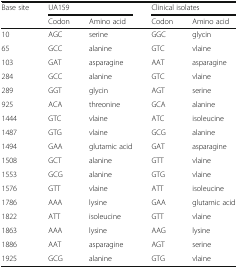
<table><thead><tr><td rowspan="2"><b>Base site</b></td><td colspan="2"><b>UA159</b></td><td colspan="2"><b>Clinical isolates</b></td></tr><tr><td><b>Codon</b></td><td><b>Amino acid</b></td><td><b>Codon</b></td><td><b>Amino acid</b></td></tr></thead><tbody><tr><td>10</td><td>AGC</td><td>serine</td><td>GGC</td><td>glycin</td></tr><tr><td>65</td><td>GCC</td><td>alanine</td><td>GTC</td><td>vlaine</td></tr><tr><td>103</td><td>GAT</td><td>asparagine</td><td>AAT</td><td>asparagine</td></tr><tr><td>284</td><td>GCC</td><td>alanine</td><td>GTC</td><td>vlaine</td></tr><tr><td>289</td><td>GGT</td><td>glycin</td><td>AGT</td><td>serine</td></tr><tr><td>925</td><td>ACA</td><td>threonine</td><td>GCA</td><td>alanine</td></tr><tr><td>1444</td><td>GTC</td><td>vlaine</td><td>ATC</td><td>isoleucine</td></tr><tr><td>1487</td><td>GTG</td><td>vlaine</td><td>GCG</td><td>alanine</td></tr><tr><td>1494</td><td>GAA</td><td>glutamic acid</td><td>GAT</td><td>asparagine</td></tr><tr><td>1508</td><td>GCT</td><td>alanine</td><td>GTT</td><td>vlaine</td></tr><tr><td>1553</td><td>GCG</td><td>alanine</td><td>GTG</td><td>vlaine</td></tr><tr><td>1576</td><td>GTT</td><td>vlaine</td><td>ATT</td><td>isoleucine</td></tr><tr><td>1786</td><td>AAA</td><td>lysine</td><td>GAA</td><td>glutamic acid</td></tr><tr><td>1822</td><td>ATT</td><td>isoleucine</td><td>GTT</td><td>vlaine</td></tr><tr><td>1863</td><td>AAA</td><td>lysine</td><td>AAG</td><td>lysine</td></tr><tr><td>1886</td><td>AAT</td><td>asparagine</td><td>AGT</td><td>serine</td></tr><tr><td>1925</td><td>GCG</td><td>alanine</td><td>GTG</td><td>vlaine</td></tr></tbody></table>